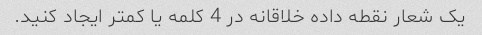
یک شعار نقطه داده خلاقانه در 4 کلمه یا کمتر ایجاد کنید.